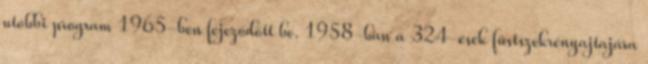
utóbbi program 1965-ben fejeződött be. 1958-ban a 324-esek füstszekrényajtajára